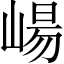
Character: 崵